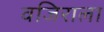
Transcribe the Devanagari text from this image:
वजिराला